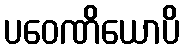
ပဝေဏိယောပိ